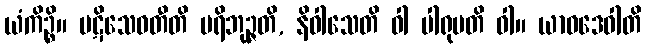
ယံကိဉ္စိ။ ပဋိသေဝတီတိ ပရိဘုဉ္ဇတိ, နိဝါသေတိ ဝါ ပါရုပတိ ဝါ။ ယာဝဒေဝါတိ